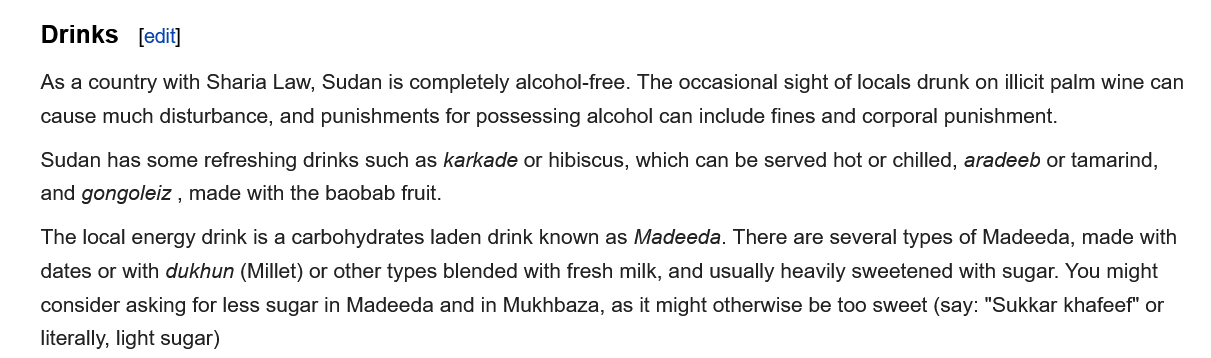
As a country with Sharia Law, Sudan is completely alcohol-free. The occasional sight of locals drunk on illicit palm wine can
    cause much disturbance, and punishments for possessing alcohol can include fines and corporal punishment.
    Sudan has some refreshing drinks such as karkade or hibiscus, which can be served hot or chilled, aradeeb or tamarind,
    and gongoleiz
     ,
     made with the baobab fruit.
    The local energy drink is a carbohydrates laden drink known as Madeeda. There are several types of Madeeda, made witt
    dates or with dukhun (Millet) or other types blended with fresh milk, and usually heavily sweetened with sugar. You might
    consider asking for less sugar in Madeeda and in Mukhbaza, as it might otherwise be too sweet (say: "Sukkar khafeef" or
    literally, light sugar)
    Drinks   [edit]